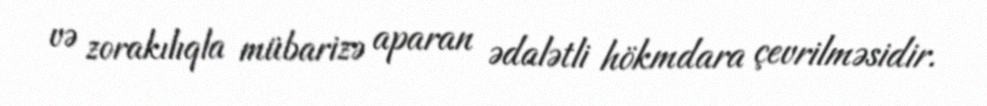
və zorakılıqla mübarizə aparan ədalətli hökmdara çevrilməsidir.